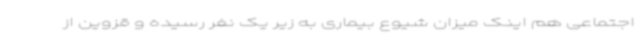
اجتماعی هم اینک میزان شیوع بیماری به زیر یک نفر رسیده و قزوین از